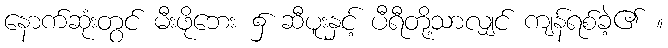
နောက်ဆုံးတွင် မီးဖိုဘေး ၌ ဆီပူးနှင့် ပီရီတို့သာလျှင် ကျန်ရစ်ခဲ့၏ ။